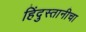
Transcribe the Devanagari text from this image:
हिंदुस्तानीचा